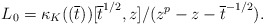
\begin{align*}L_0 = \kappa_K((\overline{t}))[\overline{t}^{1/2}, z]/(z^p - z - \overline{t}^{-1/2}).\end{align*}